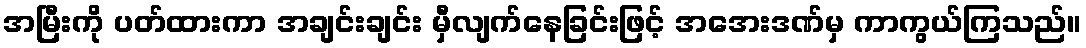
အမြီးကို ပတ်ထားကာ အချင်းချင်း မှီလျက်နေခြင်းဖြင့် အအေးဒဏ်မှ ကာကွယ်ကြသည်။